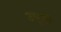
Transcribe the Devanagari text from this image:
उपूसी